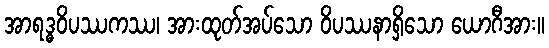
အာရဒ္ဓဝိပဿကဿ၊ အားထုတ်အပ်သော ဝိပဿနာရှိသော ယောဂီအား။